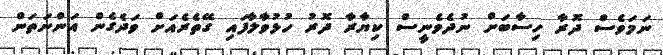
ނަމަވެސް ދޮރާ ހިސާބަށް ނުދެވެނީސް ކިޔާރާ ދޮރު ހުޅުވާލާފައި ގޭތެރެއަށް ވަދެގެން އަންނަތަން